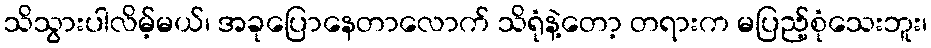
သိသွားပါလိမ့်မယ်၊ အခုပြောနေတာလောက် သိရုံနဲ့တော့ တရားက မပြည့်စုံသေးဘူး၊